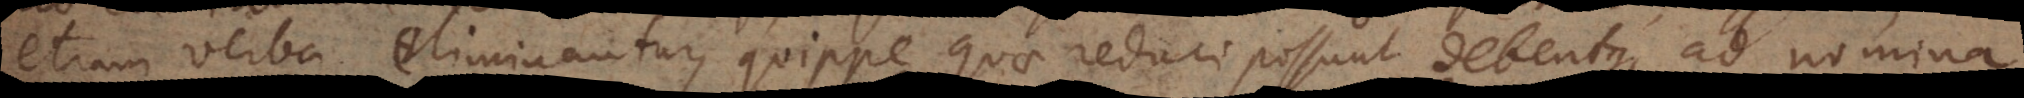
etiam verba eliminantur, quippe quae reduci possunt debentque ad nomina.